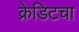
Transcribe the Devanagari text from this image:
क्रेडिटचा